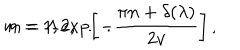
m = \Lambda \exp \left[ - \frac { \pi n + \delta ( \lambda ) } { 2 v } \right] \, , \hspace { 1 c m } n = 1 , 2 , \ldots \, .